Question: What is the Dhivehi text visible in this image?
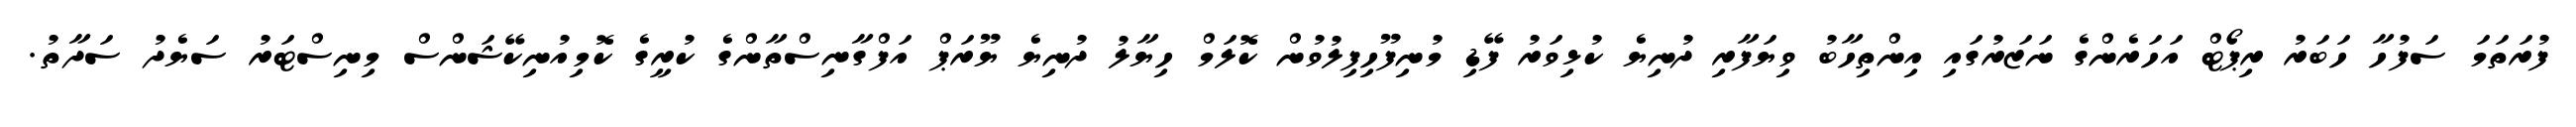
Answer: ފުރަތަމަ ސަފުހާ ހަބަރު ރިޕޯޓް އަހަރެންގެ ނަޒަރުގައި އިންތިހާބު ވިޔަފާރި ދުނިޔެ ކުޅިވަރު ފޭޑި މުނިފޫހިފިލުވުން ކޮލަމް ހިޔާލު ދުނިޔެ ޔޫރަޕް އަފްގާނިސްތާންގެ ކުރީގެ ކޮމިއުނިކޭޝަންސް މިނިސްޓަރު ސަޔެދު ސަދާތު.